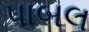
પાબલ